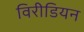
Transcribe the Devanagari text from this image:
विरीडियन